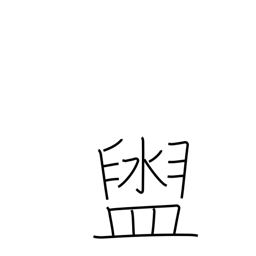
Meaning: washbasin